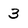
Character: 3